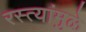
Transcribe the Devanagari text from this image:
रस्त्यांमुळे